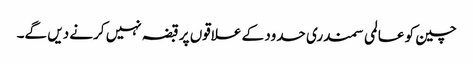
چین کو عالمی سمندری حدود کے علاقوں پر قبضہ نہیں کرنے دیں گے۔